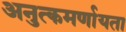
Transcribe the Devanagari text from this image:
अनुत्कमर्णायता